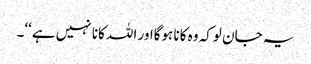
یہ جان لوکہ وہ کانا ہوگااور اللہ کانا نہیں ہے‘‘۔